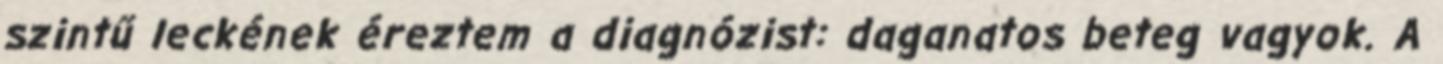
szintű leckének éreztem a diagnózist: daganatos beteg vagyok. A